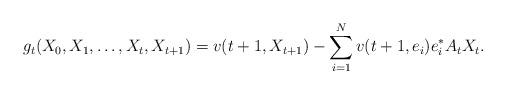
LaTeX: \begin{align*}g_t(X_0,X_1,\ldots,X_t,X_{t+1}) = v(t+1,X_{t+1}) - \sum_{i=1}^{N} v(t+1,e_i)e_i^{\ast}A_tX_t.\end{align*}